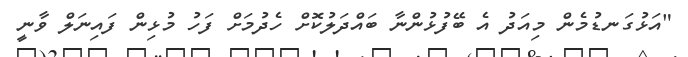
"އަޅުގަނޑުމެން މިއަދު އެ ބޭފުޅުންނާ ބައްދަލުކޮށް ހެދުމަށް ފަހު މުޅިން ފައިނަލް ވާނީ